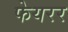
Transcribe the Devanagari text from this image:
फेयरर